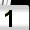
Digit: 1